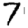
Digit: 7